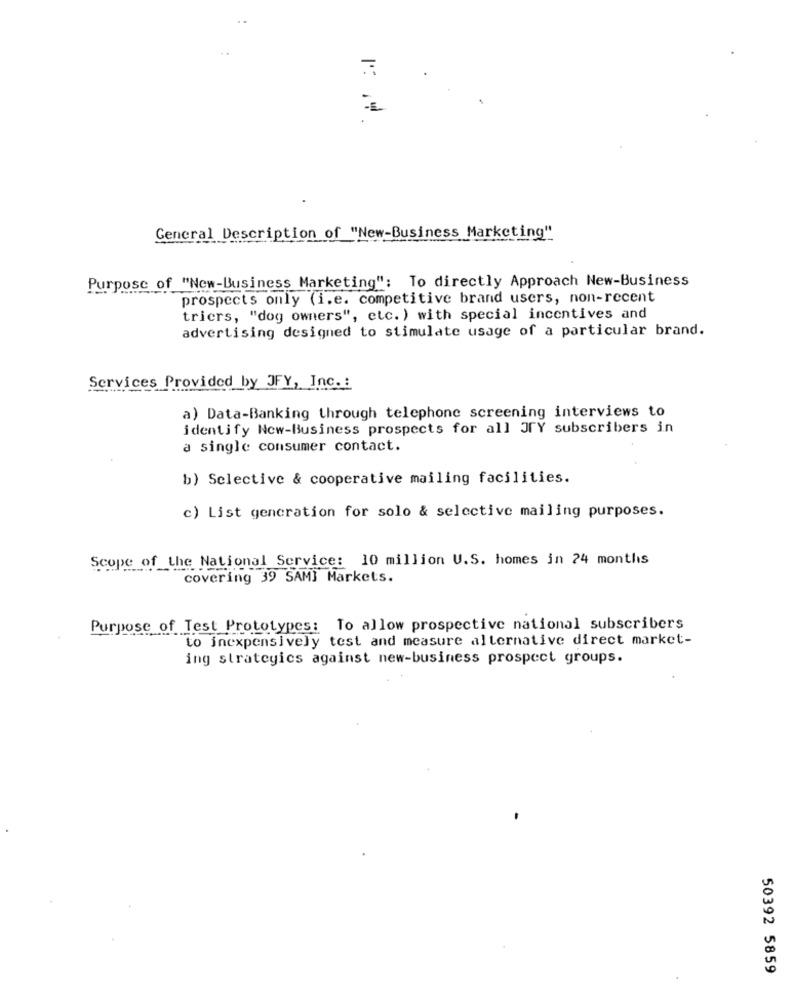
General Description of "New-Business Marketing"
Purpose of "New-Business Marketing": To directly Approach New-Business
prospects only (i.e. competitive brand users, non-recent
triers, "dog owners", etc. ) with special incentives and
advertising designed to stimulate usage of a particular brand.
Services Provided by JFY, Inc. :
a) Data-Banking through telephone screening interviews to
identify Now-Business prospects for all JrY subscribers in
a single consumer contact.
b) Selective & cooperative mailing facilities.
c) List generation for solo & selective mailing purposes.
Scope of the National Service: 10 million U.S. homes in 24 months
covering 39 SAMI Markets.
Purpose of Test Prototypes: To allow prospective national subscribers
to inexpensively test and measure alternative direct market-
ing strategics against new-business prospect groups.
50392 5859